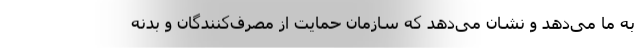
به ما می‌دهد و نشان می‌دهد که سازمان حمایت از مصرف‌کنندگان و بدنه